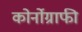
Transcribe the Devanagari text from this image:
कोर्नोग्राफी